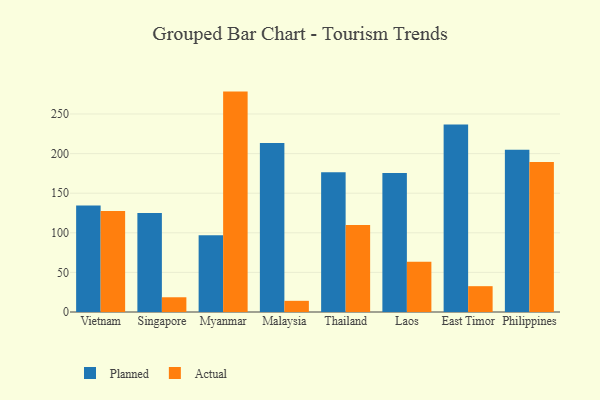
{"axis": {"x": "Country", "y": "Page Views"}, "legend": ["Actual", "Planned"], "data": [{"x": "Vietnam", "y": 134.6, "type": "Planned"}, {"x": "Vietnam", "y": 127.5, "type": "Actual"}, {"x": "Singapore", "y": 125.0, "type": "Planned"}, {"x": "Singapore", "y": 18.6, "type": "Actual"}, {"x": "Myanmar", "y": 97.0, "type": "Planned"}, {"x": "Myanmar", "y": 278.3, "type": "Actual"}, {"x": "Malaysia", "y": 213.3, "type": "Planned"}, {"x": "Malaysia", "y": 14.1, "type": "Actual"}, {"x": "Thailand", "y": 176.5, "type": "Planned"}, {"x": "Thailand", "y": 109.8, "type": "Actual"}, {"x": "Laos", "y": 175.4, "type": "Planned"}, {"x": "Laos", "y": 63.6, "type": "Actual"}, {"x": "East Timor", "y": 236.9, "type": "Planned"}, {"x": "East Timor", "y": 32.6, "type": "Actual"}, {"x": "Philippines", "y": 205.0, "type": "Planned"}, {"x": "Philippines", "y": 189.3, "type": "Actual"}]}